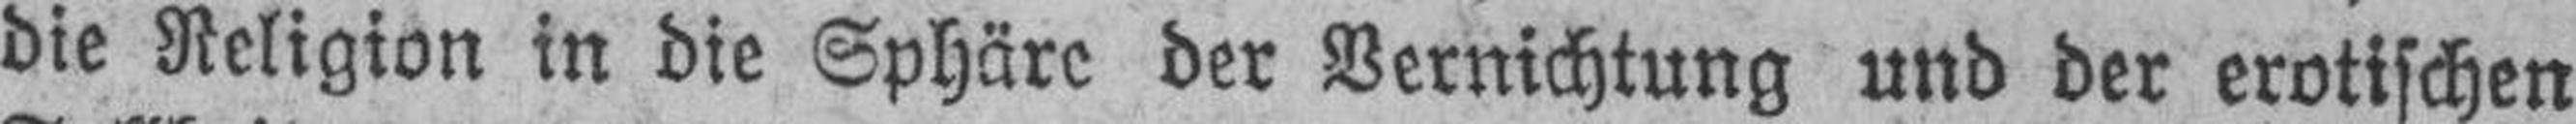
die Religion in die Sphäre der Vernichtung und der erotischen